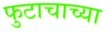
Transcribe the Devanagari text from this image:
फुटाचाच्या